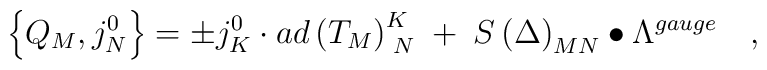
\left\{ Q_M,j_N^0\right\} =\pm j_K^0\cdot ad\left( T_M\right)_{\;N}^K\;+\;S\left( \Delta \right) _{MN}\bullet \Lambda ^{gauge}\quad ,